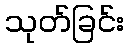
သုတ်ခြင်း